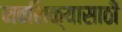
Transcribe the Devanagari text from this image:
नवशिक्यासाठी